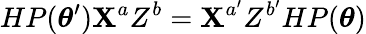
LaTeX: HP(\boldsymbol{\theta}^{\prime})\mathbf{X}^{a}Z^{b}=\mathbf{X}^{a^{\prime}}Z^{b^{\prime}}HP(\boldsymbol{\theta})